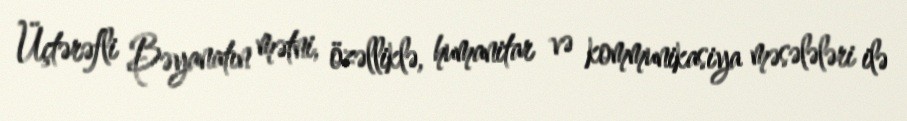
Üçtərəfli Bəyanatın mətni, özəlliklə, humanitar və kommunikasiya məsələləri ilə